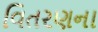
વિતરણના